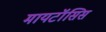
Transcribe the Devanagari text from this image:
मायटॉसिस